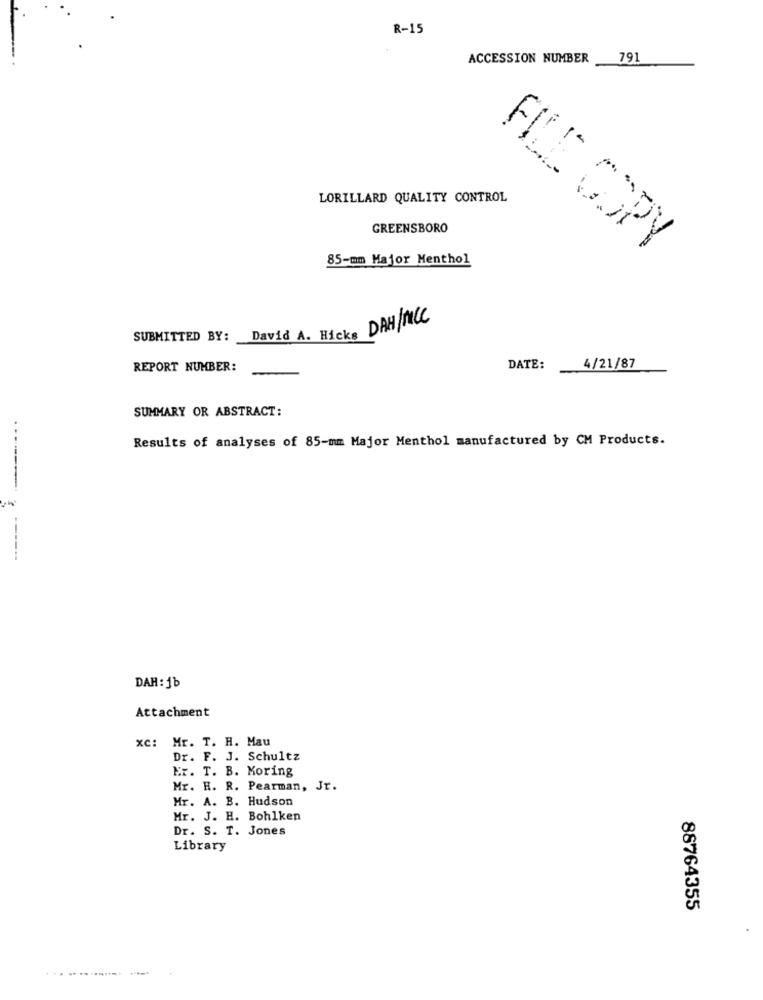
R-15
ACCESSION NUMBER
79
LORILLARD QUALITY CONTROL
GREENSBORO
FILE COPY
85-mm Major Menthol
David A. Hicks DAH/MCC
SUBMITTED BY:
REPORT NUMBER:
DATE:
4/21/87
SUMMARY OR ABSTRACT:
Results of analyses of 85-mm Major Menthol manufactured by CM Products.
------
DAH: 1b
Attachment
xc: Mr. T. H. Mau
Dr. F. J. Schultz
Er. T. B. Moring
Mr. H. R. Pearman, Jt.
Mr. A. B. Hudson
Mr. J. H. Bohlken
Dr. S. T. Jones
Library
88764355